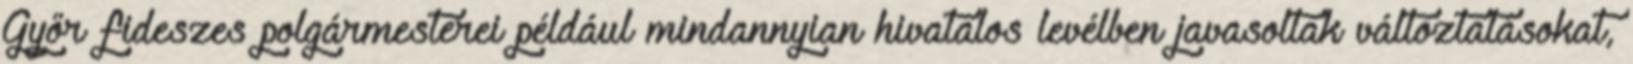
Győr fideszes polgármesterei például mindannyian hivatalos levélben javasoltak változtatásokat,